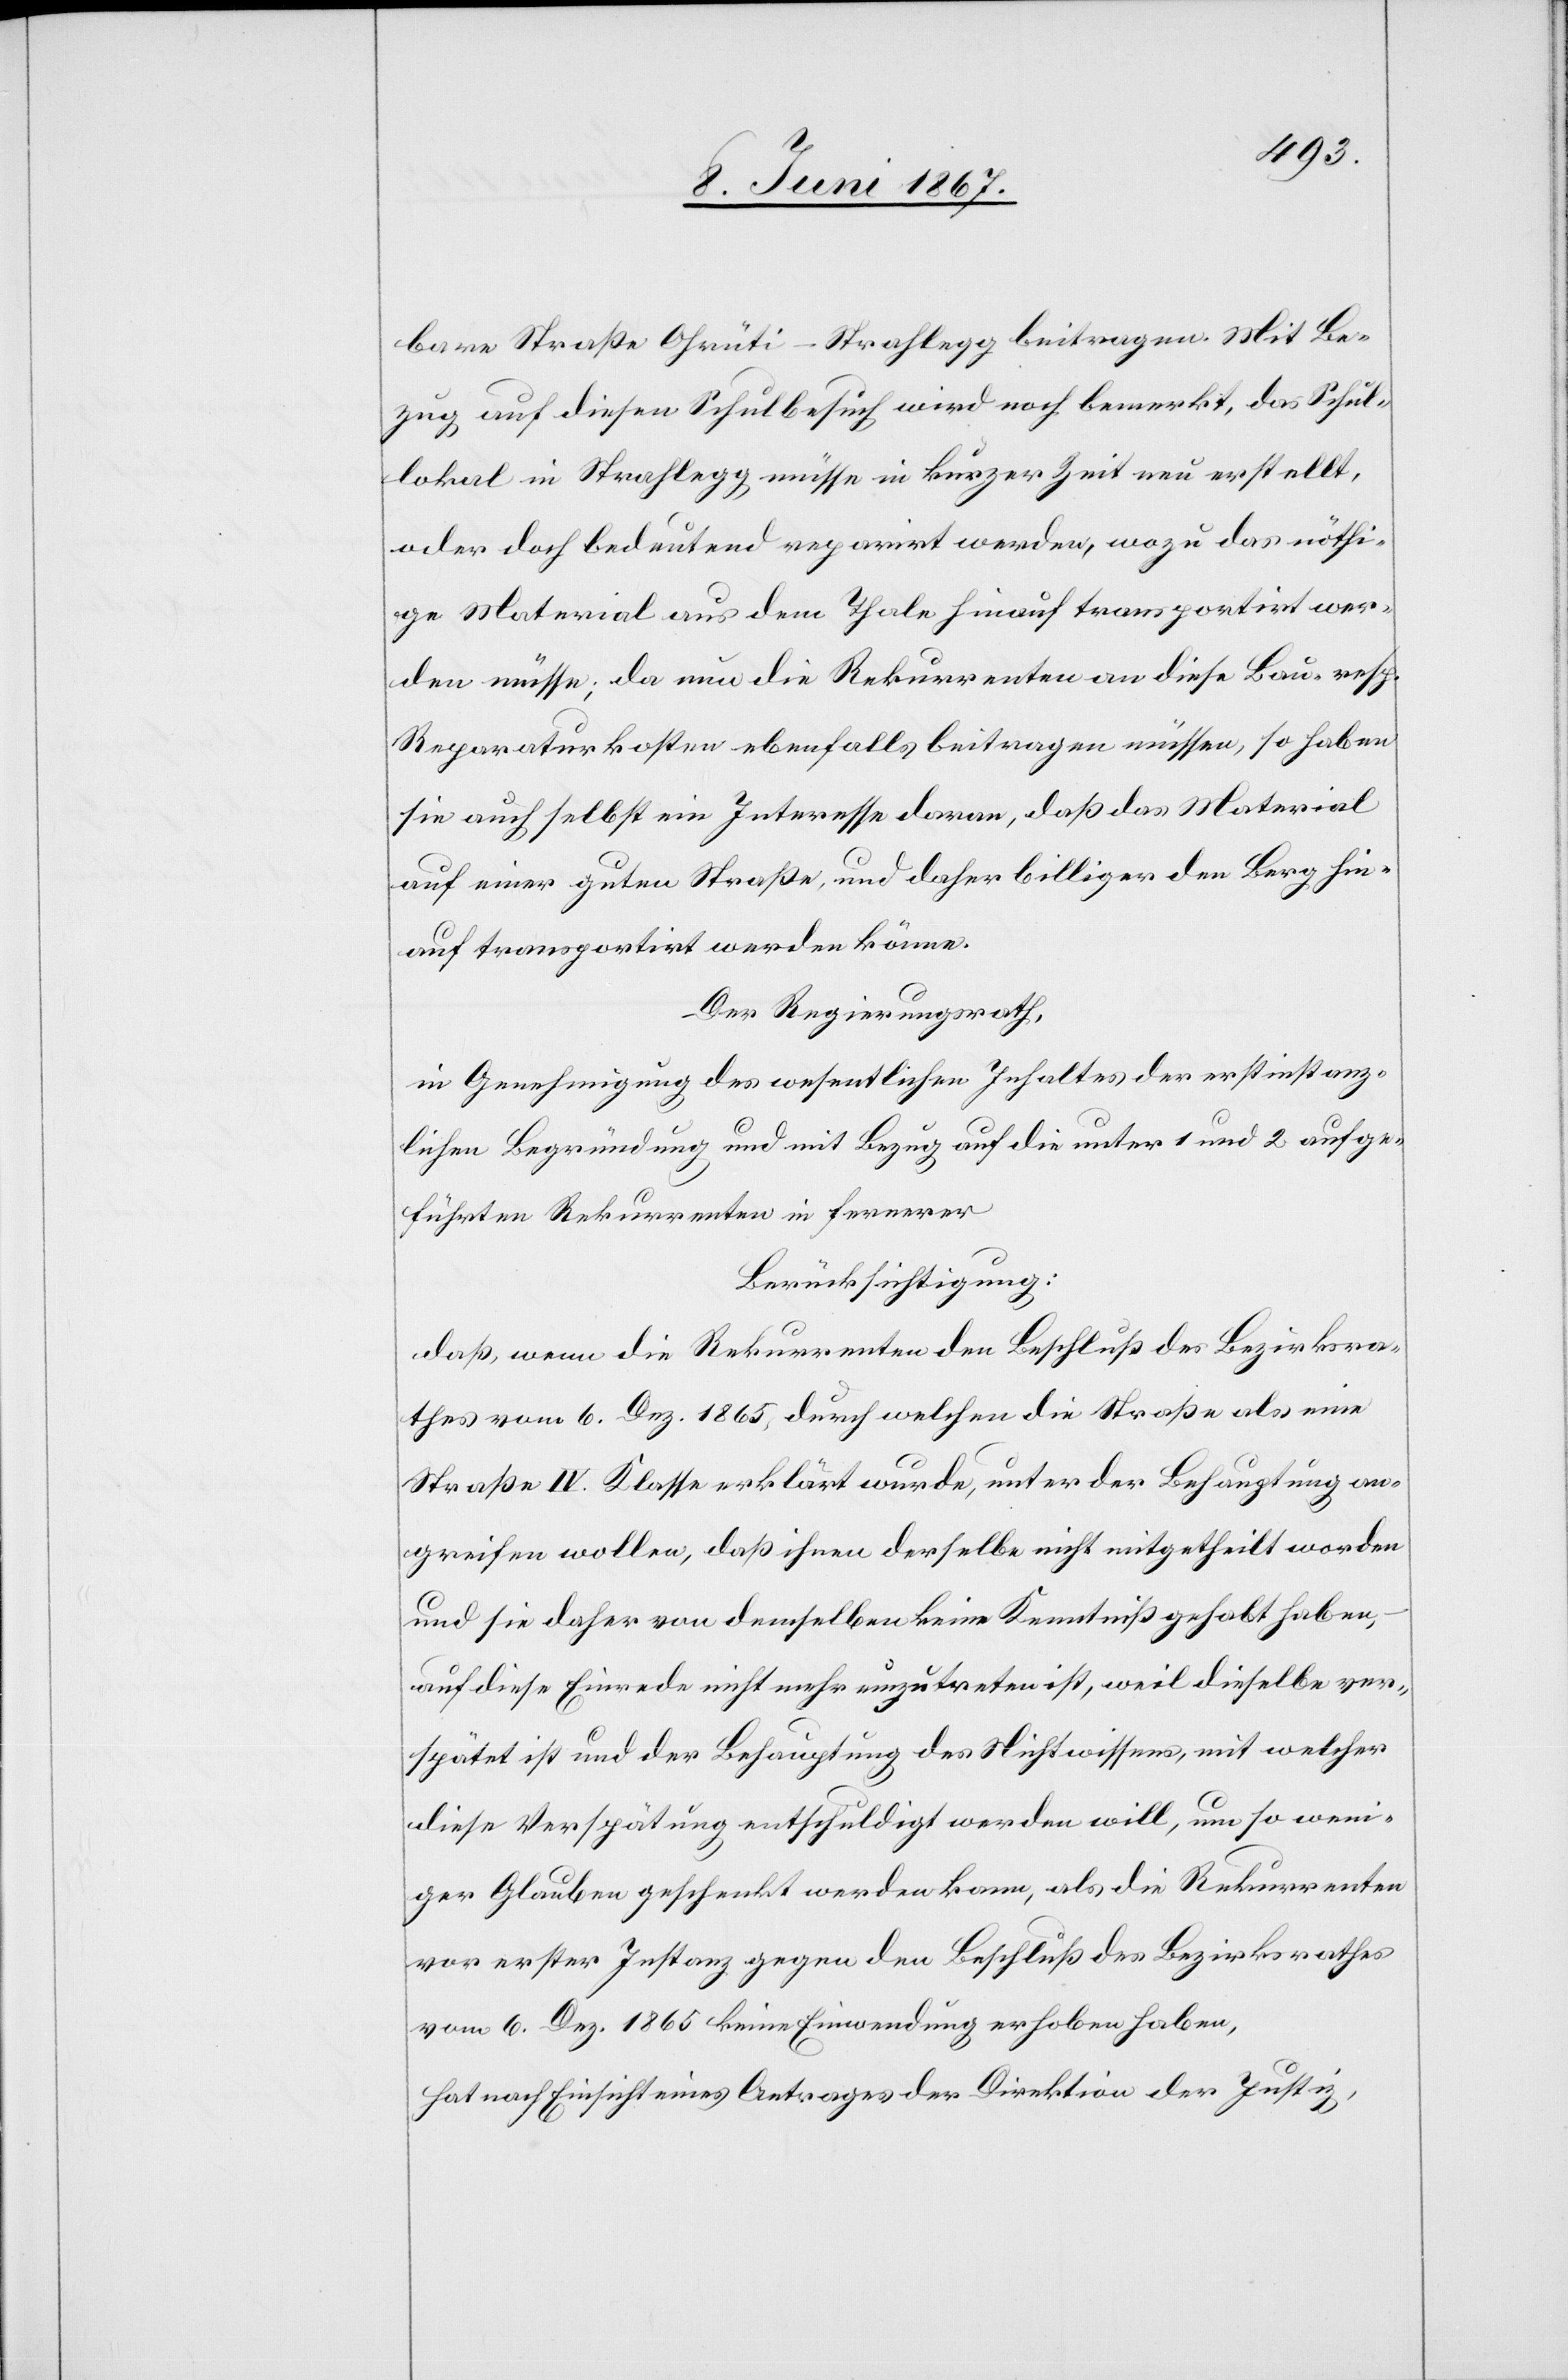
bare Straße Ohrüti-Strahlegg beitragen. Mit Be¬
zug auf diesen Schulbesuch wird noch bemerkt, das Schul¬
lokal in Strahlegg müsse in kurzer Zeit neu erstellt,
oder doch bedeutend reparirt werden, wozu das nöthi¬
ge Material aus dem Thale hinauf transportirt wer¬
den müsse; da nun die Rekurrenten an diese Bau- resp.
Reparaturkosten ebenfalls beitragen müssen, so haben
sie auch selbst ein Interesse daran, daß das Material
auf einer guten Straße, und daher billiger den Berg hin¬
auf transportirt werden könne.
Der Regierungsrath,
in Genehmigung des wesentlichen Inhaltes der erstinstanz¬
lichen Begründung und mit Bezug auf die unter 1 und 2 aufge¬
führten Rekurrenten in fernerer
Berücksichtigung:
daß, wenn die Rekurrenten den Beschluß des Bezirksra¬
thes vom 6. Dez. 1865, durch welchen die Straße als eine
Straße IV. Klasse erklärt wurde, unter der Behauptung an¬
greifen wollen, daß ihnen derselbe nicht mitgetheilt worden
und sie daher von demselben keine Kenntniß gehabt haben,
auf diese Einrede nicht mehr einzutreten ist, weil dieselbe ver¬
spätet ist und der Behauptung des Nichtwissens, mit welcher
diese Verspätung entschuldigt werden will, um so wen¬
iger Glauben geschenkt werden kann, als die Rekurrenten
vor erster Instanz gegen den Beschluß des Bezirksrathes
vom 6. Dez. 1865 keine Einwendung erhoben haben,
hat nach Einsicht eines Antrages der Direktion der Justiz,